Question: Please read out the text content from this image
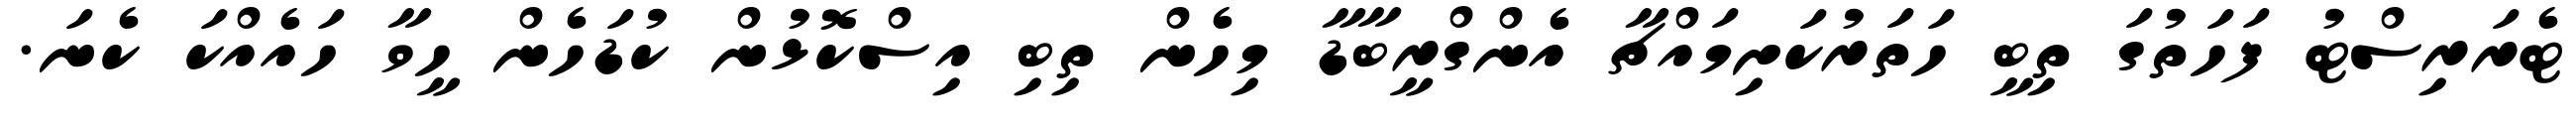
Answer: ޓެރަރިސްޓު ފަހަތުގަ ތިބީ ހަތަރުކަށިމައްޗާ އެންގްރީބާޑާ މިހެން ތިބި އިސްކޮޅުން ކުޑަހެން ހީވާ ހައެއްކަ ކެނަ.